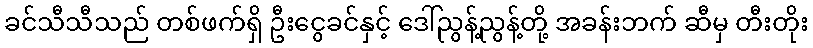
ခင်သီသီသည် တစ်ဖက်ရှိ ဦးငွေခင်နှင့် ဒေါ်ညွန့်ညွန့်တို့ အခန်းဘက် ဆီမှ တီးတိုး